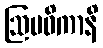
ဩပဓိကာနိ